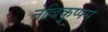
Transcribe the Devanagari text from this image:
नेल्लिकुप्पम